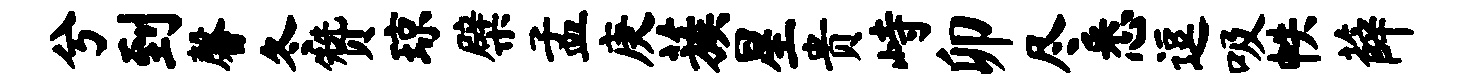
兮到馨冬赞琼檗孟庚蔟星贵峙卯尽悉逗吸帙薛